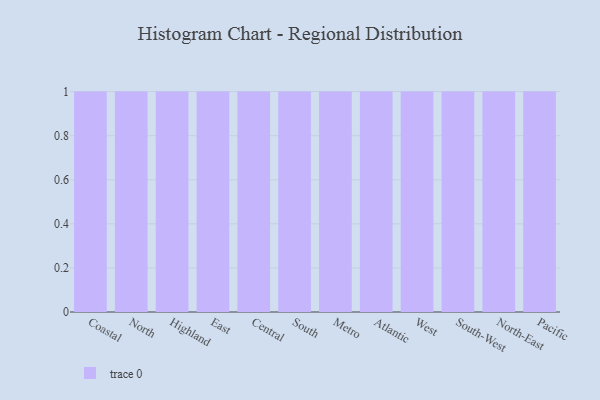
{"axis": {"x": "Region", "y": "Population (Million)"}, "legend": [""], "data": [{"x": "Coastal", "y": 1, "type": ""}, {"x": "North", "y": 79, "type": ""}, {"x": "Highland", "y": 17, "type": ""}, {"x": "East", "y": 24, "type": ""}, {"x": "Central", "y": 9, "type": ""}, {"x": "South", "y": 17, "type": ""}, {"x": "Metro", "y": 45, "type": ""}, {"x": "Atlantic", "y": 70, "type": ""}, {"x": "West", "y": 48, "type": ""}, {"x": "South-West", "y": 74, "type": ""}, {"x": "North-East", "y": 44, "type": ""}, {"x": "Pacific", "y": 19, "type": ""}]}